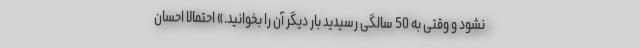
نشود و وقتی به 50 سالگی رسیدید بار دیگر آن را بخوانید.» احتمالا احسان